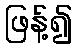
ဖြန့်၍